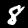
Digit: 8